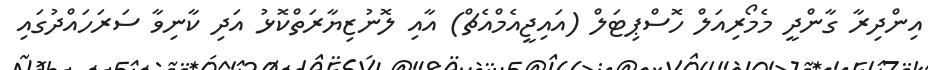
އިންދިރާ ގާންދީ މެމޯރިއަލް ހޮސްޕިޓަލް (އައިޖީއެމްއެޗް) އާއި ލޮނުޒިޔާރަތްކޮޅު އަދި ކާނިވާ ސަރަހައްދުގައި